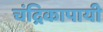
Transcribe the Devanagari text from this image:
चंद्रिकापायी